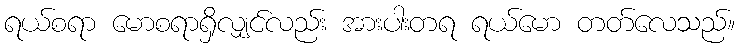
ရယ်စရာ မောစရာရှိလျှင်လည်း အားပါးတရ ရယ်မော တတ်လေသည်။